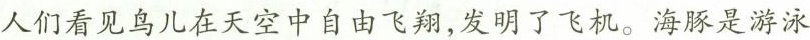
人们看见鸟儿在天空中自由飞翔，发明了飞机。海豚是游泳